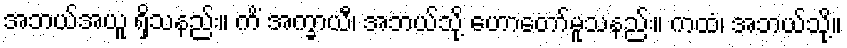
အဘယ်အယူ ရှိသနည်း။ ကိံ အက္ခာယီ၊ အဘယ်သို့ ဟောတော်မူသနည်း။ ကထံ၊ အဘယ်သို့။